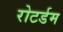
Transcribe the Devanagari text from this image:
रोटर्डम